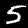
Label: 5